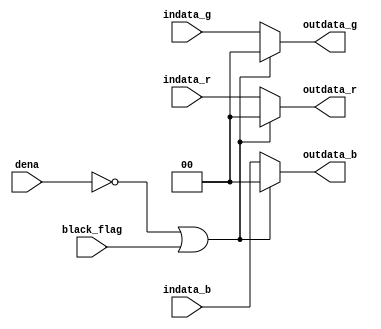
module output_color_control (indata_r, indata_g, indata_b, dena, black_flag,
                            outdata_r, outdata_g, outdata_b);

input dena, black_flag;
input   [1:0] indata_r, indata_g, indata_b;
output  [1:0] outdata_r, outdata_g, outdata_b;
reg     [1:0] outdata_r, outdata_g, outdata_b;

always @(*)
begin
	if((~dena) || black_flag)
		begin
			outdata_r = 2'b00;
			outdata_g = 2'b00;
			outdata_b = 2'b00;
		end
	else
		begin
			outdata_r = indata_r;
			outdata_g = indata_g;
			outdata_b = indata_b;
		end
end 

endmodule